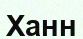
Ханн